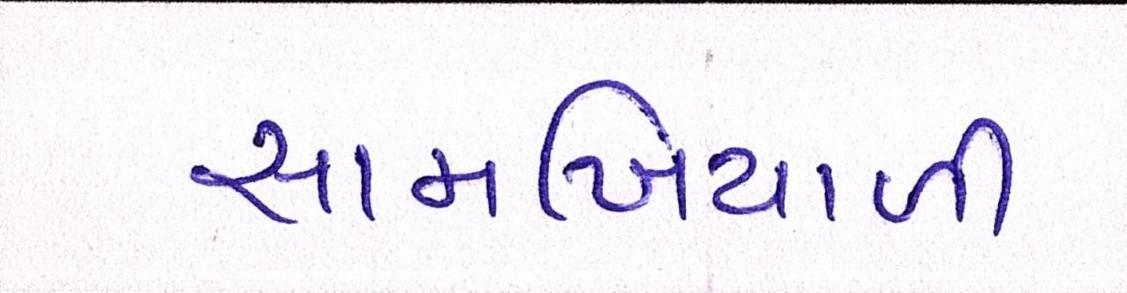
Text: સામખિયાળી